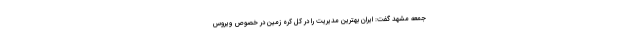
جمعه مشهد گفت: ایران بهترین مدیریت را در کل کره زمین در خصوص ویروس